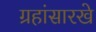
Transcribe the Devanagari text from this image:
ग्रहांसारखे